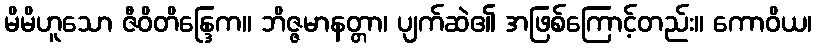
မိမိဟူသော ဇီဝိတိန္ဒြေက။ ဘိဇ္ဇမာနတ္တာ၊ ပျက်ဆဲ၏ အဖြစ်ကြောင့်တည်း။ ကောဝိယ၊